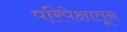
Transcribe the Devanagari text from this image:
परिपेक्षातून